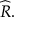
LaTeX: { \widehat { R } } .